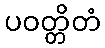
ပဝတ္တိတံ